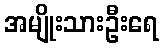
အမျိုးသားဦးရေ